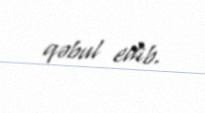
qəbul edib.